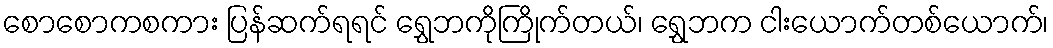
စောစောကစကား ပြန်ဆက်ရရင် ရွှေဘကိုကြိုက်တယ်၊ ရွှေဘက ငါးယောက်တစ်ယောက်၊